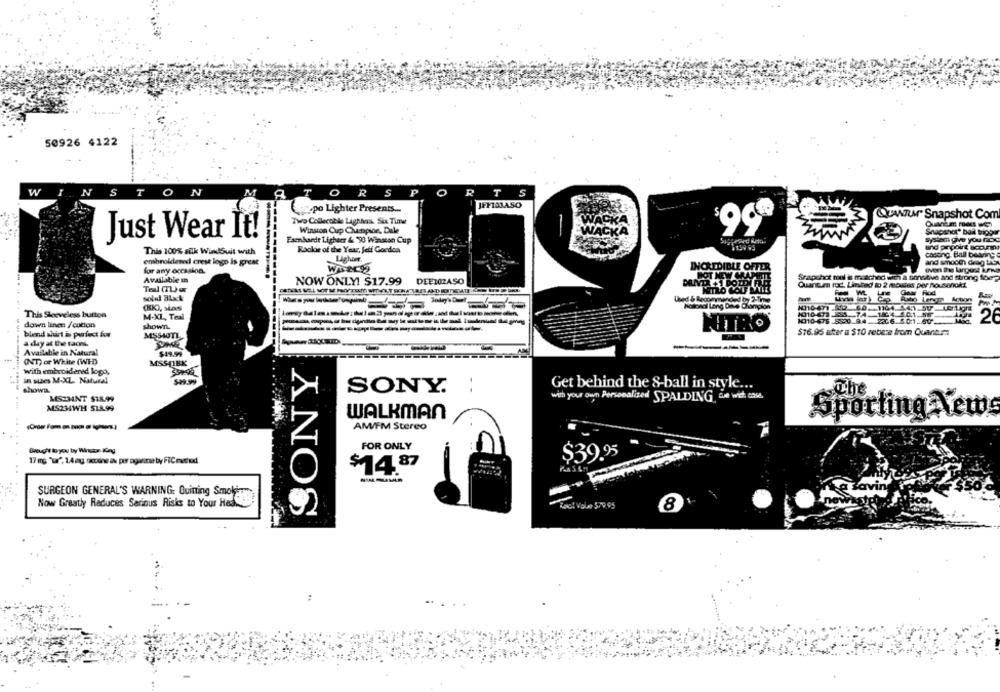
50926 4122
w
TON
ORSP
0
R
T
JEFIORASO
pz-po Lighter Presents ...
COLATur Snapshot Com
Two Collecable Lighhas Six Time
WACK
Just Wear It!
Winston Cup Chunpior, Dale
WACK
Snapsnor" bail triggs
Faenasede Ligheer & 90 Winston Cup
System owe you noc
Rookie of the Year, Jeti Goedca
and prpoint scours
This 100% silk WindSuit with
Cheting. Ball bearing
embroidered crest logo is great
Lighter.
and smooth drag Ben
for any occasion.
INCREDIBLE OFFER
-----.
Srapchot mal i& mreached w
a sonatve and strong forp
Available In
NOW ONLY! $17.99
DEE102ASO
Quantum rod. Linked to) 2 moses per housenokt
Teal (TL) er
solid 31x4
-
(KK), stas
This Sleeveless button
M-XL, Teal
10010-675 .8520 94
1010 472
down linen /cotton
shown.
266 501. 60
NITRO
$76.95 ater a $10 rebere from Quant ...
blend shirt is perfect for
M5540TL
a day at the races.
-
Available in Natural
$19.99
(NT) or White (WID
SONY
MSSTIEK
With embroidered logo,
in sizes M-XL. Natural
529.99
Get behind the 8-ball in style ...
show
SONY.
The
MS23INT $18.99
with your own Personalized SPALDING, die with case.
MS234WH $18.99
WALKMAN
Sporting News
-----------. .... ...
------
AM/FM Stereo
Brought to you by Wirsan King
FOR ONLY
$39.95
17 mg "w" 14mg kens IN per ogune by FICnoted
$1487
SURGEON GENERAL'S WARNING: Quining Smoking
Now Greatly Reduces Serious Risks to Your Hed
acl Value 579.95
8